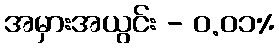
အမှားအယွင်း - ၀.၀၁%